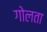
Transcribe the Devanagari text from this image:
गोलता